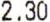
2.30